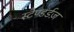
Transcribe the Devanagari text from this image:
स्टैण्डर्डज़